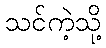
သင်ကဲ့သို့